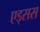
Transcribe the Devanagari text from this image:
एड्सस